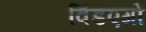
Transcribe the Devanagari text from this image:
विंडएगो